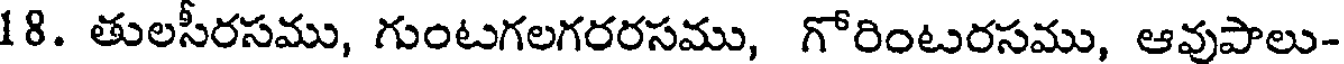
18. తులసీరసము, గుంటగలగరరసము, గోరింటరసము, ఆవుపాలు-